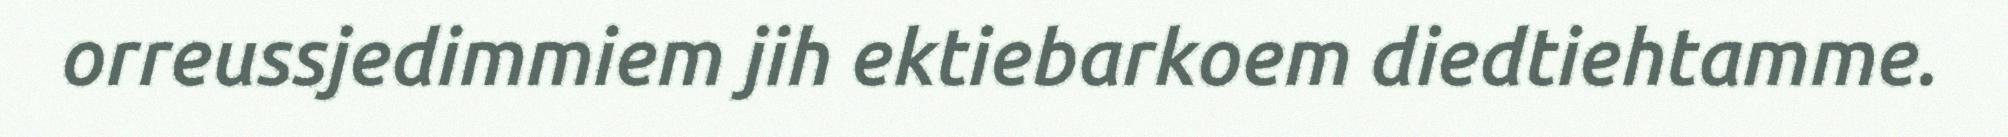
orreussjedimmiem jih ektiebarkoem diedtiehtamme.